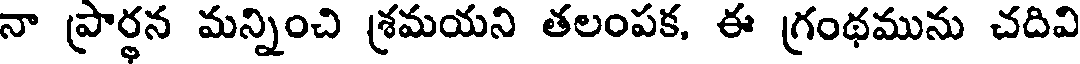
నా ప్రార్థన మన్నించి శ్రమయని తలంపక, ఈ గ్రంథమును చదివి